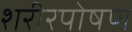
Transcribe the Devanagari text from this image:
शरीरपोषण